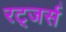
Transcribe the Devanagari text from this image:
रट्जर्स